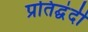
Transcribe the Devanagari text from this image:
प्रतिद्घंदी